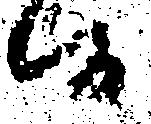
候